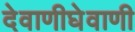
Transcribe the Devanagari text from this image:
देवाणीघेवाणी